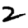
Digit: 2